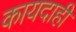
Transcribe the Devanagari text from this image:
कायदाही